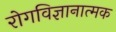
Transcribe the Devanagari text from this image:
रोगविज्ञानात्मक